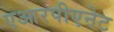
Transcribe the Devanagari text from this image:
एआरपीएनेट